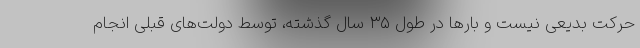
حرکت بدیعی نیست و بار‌ها در طول ۳۵ سال گذشته، توسط دولت‌های قبلی انجام